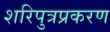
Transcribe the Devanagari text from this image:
शरिपुत्रप्रकरण